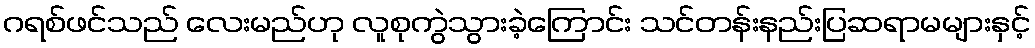
ဂရစ်ဖင်သည် လေးမည်ဟု လူစုကွဲသွားခဲ့ကြောင်း သင်တန်းနည်းပြဆရာမများနှင့်